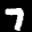
Label: 7